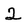
Character: 2